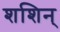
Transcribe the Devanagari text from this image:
शशिन्‌